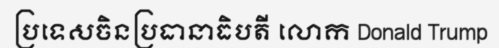
ប្រទេសចិនប្រធានាធិបតី លោក Donald Trump